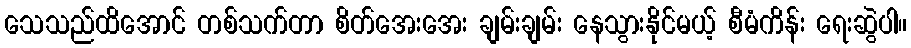
သေသည်ထိအောင် တစ်သက်တာ စိတ်အေးအေး ချမ်းချမ်း နေသွားနိုင်မယ့် စီမံကိန်း ရေးဆွဲပါ။